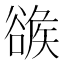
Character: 𧯂